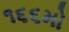
૧૬૬મો